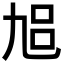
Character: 𠃳